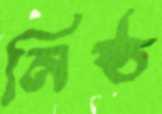
নিষ্ঠ